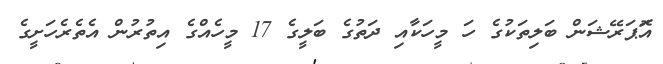
އޮަޕަރޭޝަން ބަލިތަކުގެ ހަ މީހަކާއި ދަތުގެ ބަލީގެ 17 މީހެއްގެ އިތުރުން އެތެރެހަށީގެ